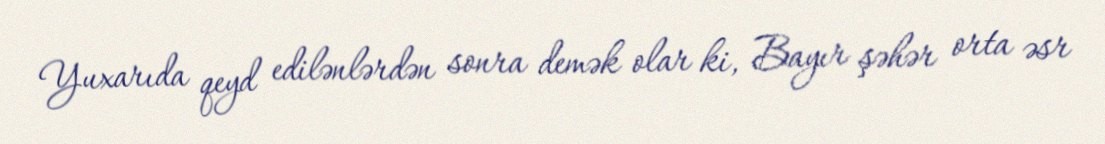
Yuxarıda qeyd edilənlərdən sonra demək olar ki, Bayır şəhər orta əsr